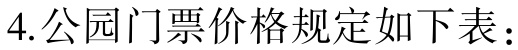
4.公园门票价格规定如下表：